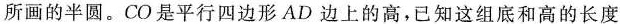
所画的半圆。CO是平行四边形AD边上的高，已知这组底和高的长度